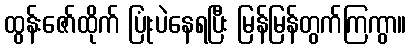
ထွန်းဇော်ထိုက် ပြုံးပဲနေရပြီး မြန်မြန်တွက်ကြကွာ။